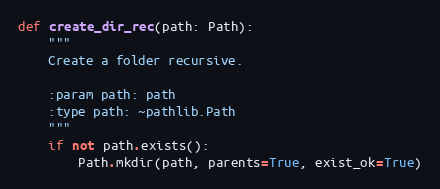
Language: Python
def create_dir_rec(path: Path):
    """
    Create a folder recursive.

    :param path: path
    :type path: ~pathlib.Path
    """
    if not path.exists():
        Path.mkdir(path, parents=True, exist_ok=True)